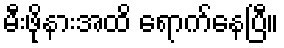
မီးဖိုနားအထိ ရောက်နေပြီ။